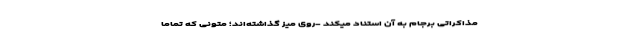
مذاکراتی برجام به آن استناد میکند -روی میز گذاشته‌اند؛ متونی که تماما